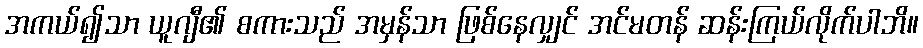
အကယ်၍သာ ယူဂျီ၏ စကားသည် အမှန်သာ ဖြစ်နေလျှင် အင်မတန် ဆန်းကြယ်လိုက်ပါဘိ။